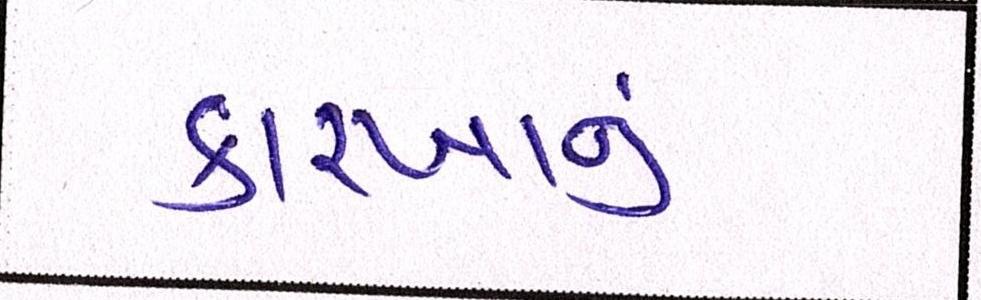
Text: કારખાનું